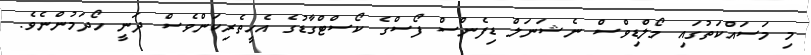
މި މަސައްކަތުގައި މޯލްޑިވްސް ނެޝަނަލް ޑިފެންސް ފޯސްގެ ކޯސްޓްގާޑުގެ އެހީތެރިކަންވެސް ދަނީ ހޯދަމުންނެވެ.